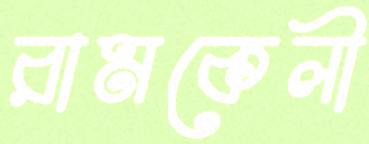
রামকেলী